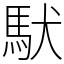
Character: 䭾